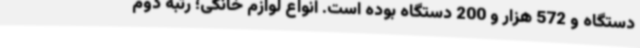
دستگاه و 572 هزار و 200 دستگاه بوده است. انواع لوازم خانگی؛ رتبه دوم